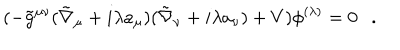
LaTeX: ( - \tilde { g } ^ { \mu \nu } ( \tilde { \nabla } _ { \mu } + i \lambda a _ { \mu } ) ( \tilde { \nabla } _ { \nu } + i \lambda a _ { \nu } ) + V ) \phi ^ { ( \lambda ) } = 0 .